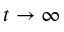
t \rightarrow \infty